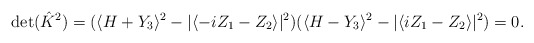
\begin{align*}{\rm det}(\hat{K}^2)=(\langle H+Y_3 \rangle^2 - |\langle -i Z_1-Z_2 \rangle|^2 )(\langle H-Y_3 \rangle^2 - |\langle i Z_1-Z_2 \rangle|^2 )=0.\end{align*}